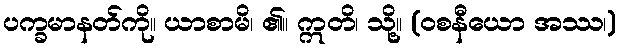
ပက္ခမာနတ်ကို။ ယာစာမိ၊ ၏။ ဣတိ၊ သို့။ (ဝစနီယော အဿ၊)